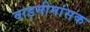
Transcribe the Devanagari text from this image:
वाड़मीमांसक